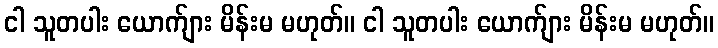
ငါ သူတပါး ယောက်ျား မိန်းမ မဟုတ်။ ငါ သူတပါး ယောက်ျား မိန်းမ မဟုတ်။